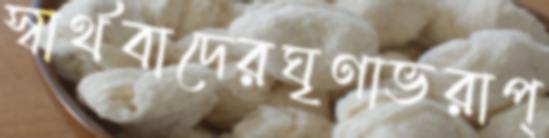
স্বার্থবাদেরঘৃণাভরাপ্